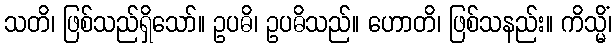
သတိ၊ ဖြစ်သည်ရှိသော်။ ဥပဓိ၊ ဥပဓိသည်။ ဟောတိ၊ ဖြစ်သနည်း။ ကိသ္မိံ၊